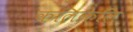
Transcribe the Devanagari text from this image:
कलिकेलि